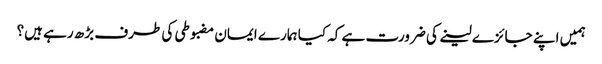
ہمیں اپنے جائزے لینے کی ضرورت ہے کہ کیا ہمارے ایمان مضبوطی کی طرف بڑھ رہے ہیں؟